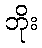
ဘိုး